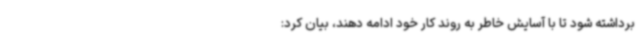
برداشته شود تا با آسایش خاطر به روند کار خود ادامه دهند، بیان کرد: